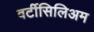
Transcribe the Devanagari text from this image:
वर्टीसिलिअम